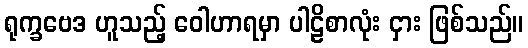
ရုက္ခဗေဒ ဟူသည့် ဝေါဟာရမှာ ပါဠိစာလုံး ငှား ဖြစ်သည်။